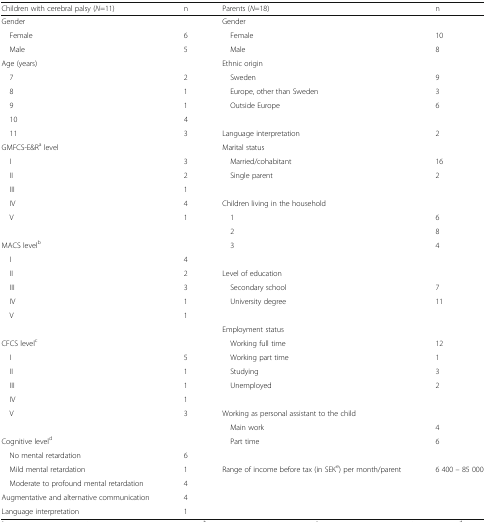
| Children with cerebral palsy (N=11) | n | Parents (N=18) | n |
 | --- | --- | --- | --- |
 | Gender |  | Gender |  |
 | Female | 6 | Female | 10 |
 | Male | 5 | Male | 8 |
 | Age (years) |  | Ethnic origin |  |
 | 7 | 2 | Sweden | 9 |
 | 8 | 1 | Europe, other than Sweden | 3 |
 | 9 | 1 | Outside Europe | 6 |
 | 10 | 4 |  |  |
 | 11 | 3 | Language interpretation | 2 |
 | GMFCS-E&Ra level |  | Marital status |  |
 | I | 3 | Married/cohabitant | 16 |
 | II | 2 | Single parent | 2 |
 | III | 1 |  |  |
 | IV | 4 | Children living in the household |  |
 | V | 1 | 1 | 6 |
 |  |  | 2 | 8 |
 | MACS levelb |  | 3 | 4 |
 | I | 4 |  |  |
 | II | 2 | Level of education |  |
 | III | 3 | Secondary school | 7 |
 | IV | 1 | University degree | 11 |
 | V | 1 |  |  |
 |  |  | Employment status |  |
 | CFCS levelc |  | Working full time | 12 |
 | I | 5 | Working part time | 1 |
 | II | 1 | Studying | 3 |
 | III | 1 | Unemployed | 2 |
 | IV | 1 |  |  |
 | V | 3 | Working as personal assistant to the child |  |
 |  |  | Main work | 4 |
 | Cognitive leveld |  | Part time | 6 |
 | No mental retardation | 6 |  |  |
 | Mild mental retardation | 1 | <ROWSPAN=2> Range of income before tax (in SEKe) per month/parent | 6 400 – 85 000 |
 | Moderate to profound mental retardation | 4 |  |
 | Augmentative and alternative communication | 4 |  |  |
 | Language interpretation | 1 |  |  |